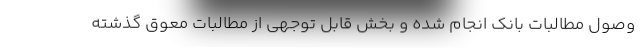
وصول مطالبات بانک انجام شده و بخش قابل توجهی از مطالبات معوق گذشته